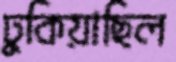
ঢুকিয়াছিল